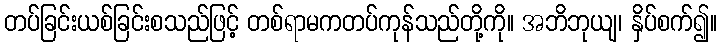
တပ်ခြင်းယစ်ခြင်းစသည်ဖြင့် တစ်ရာမကတပ်ကုန်သည်တို့ကို။ အဘိဘုယျ၊ နှိပ်စက်၍။